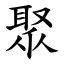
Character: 聚